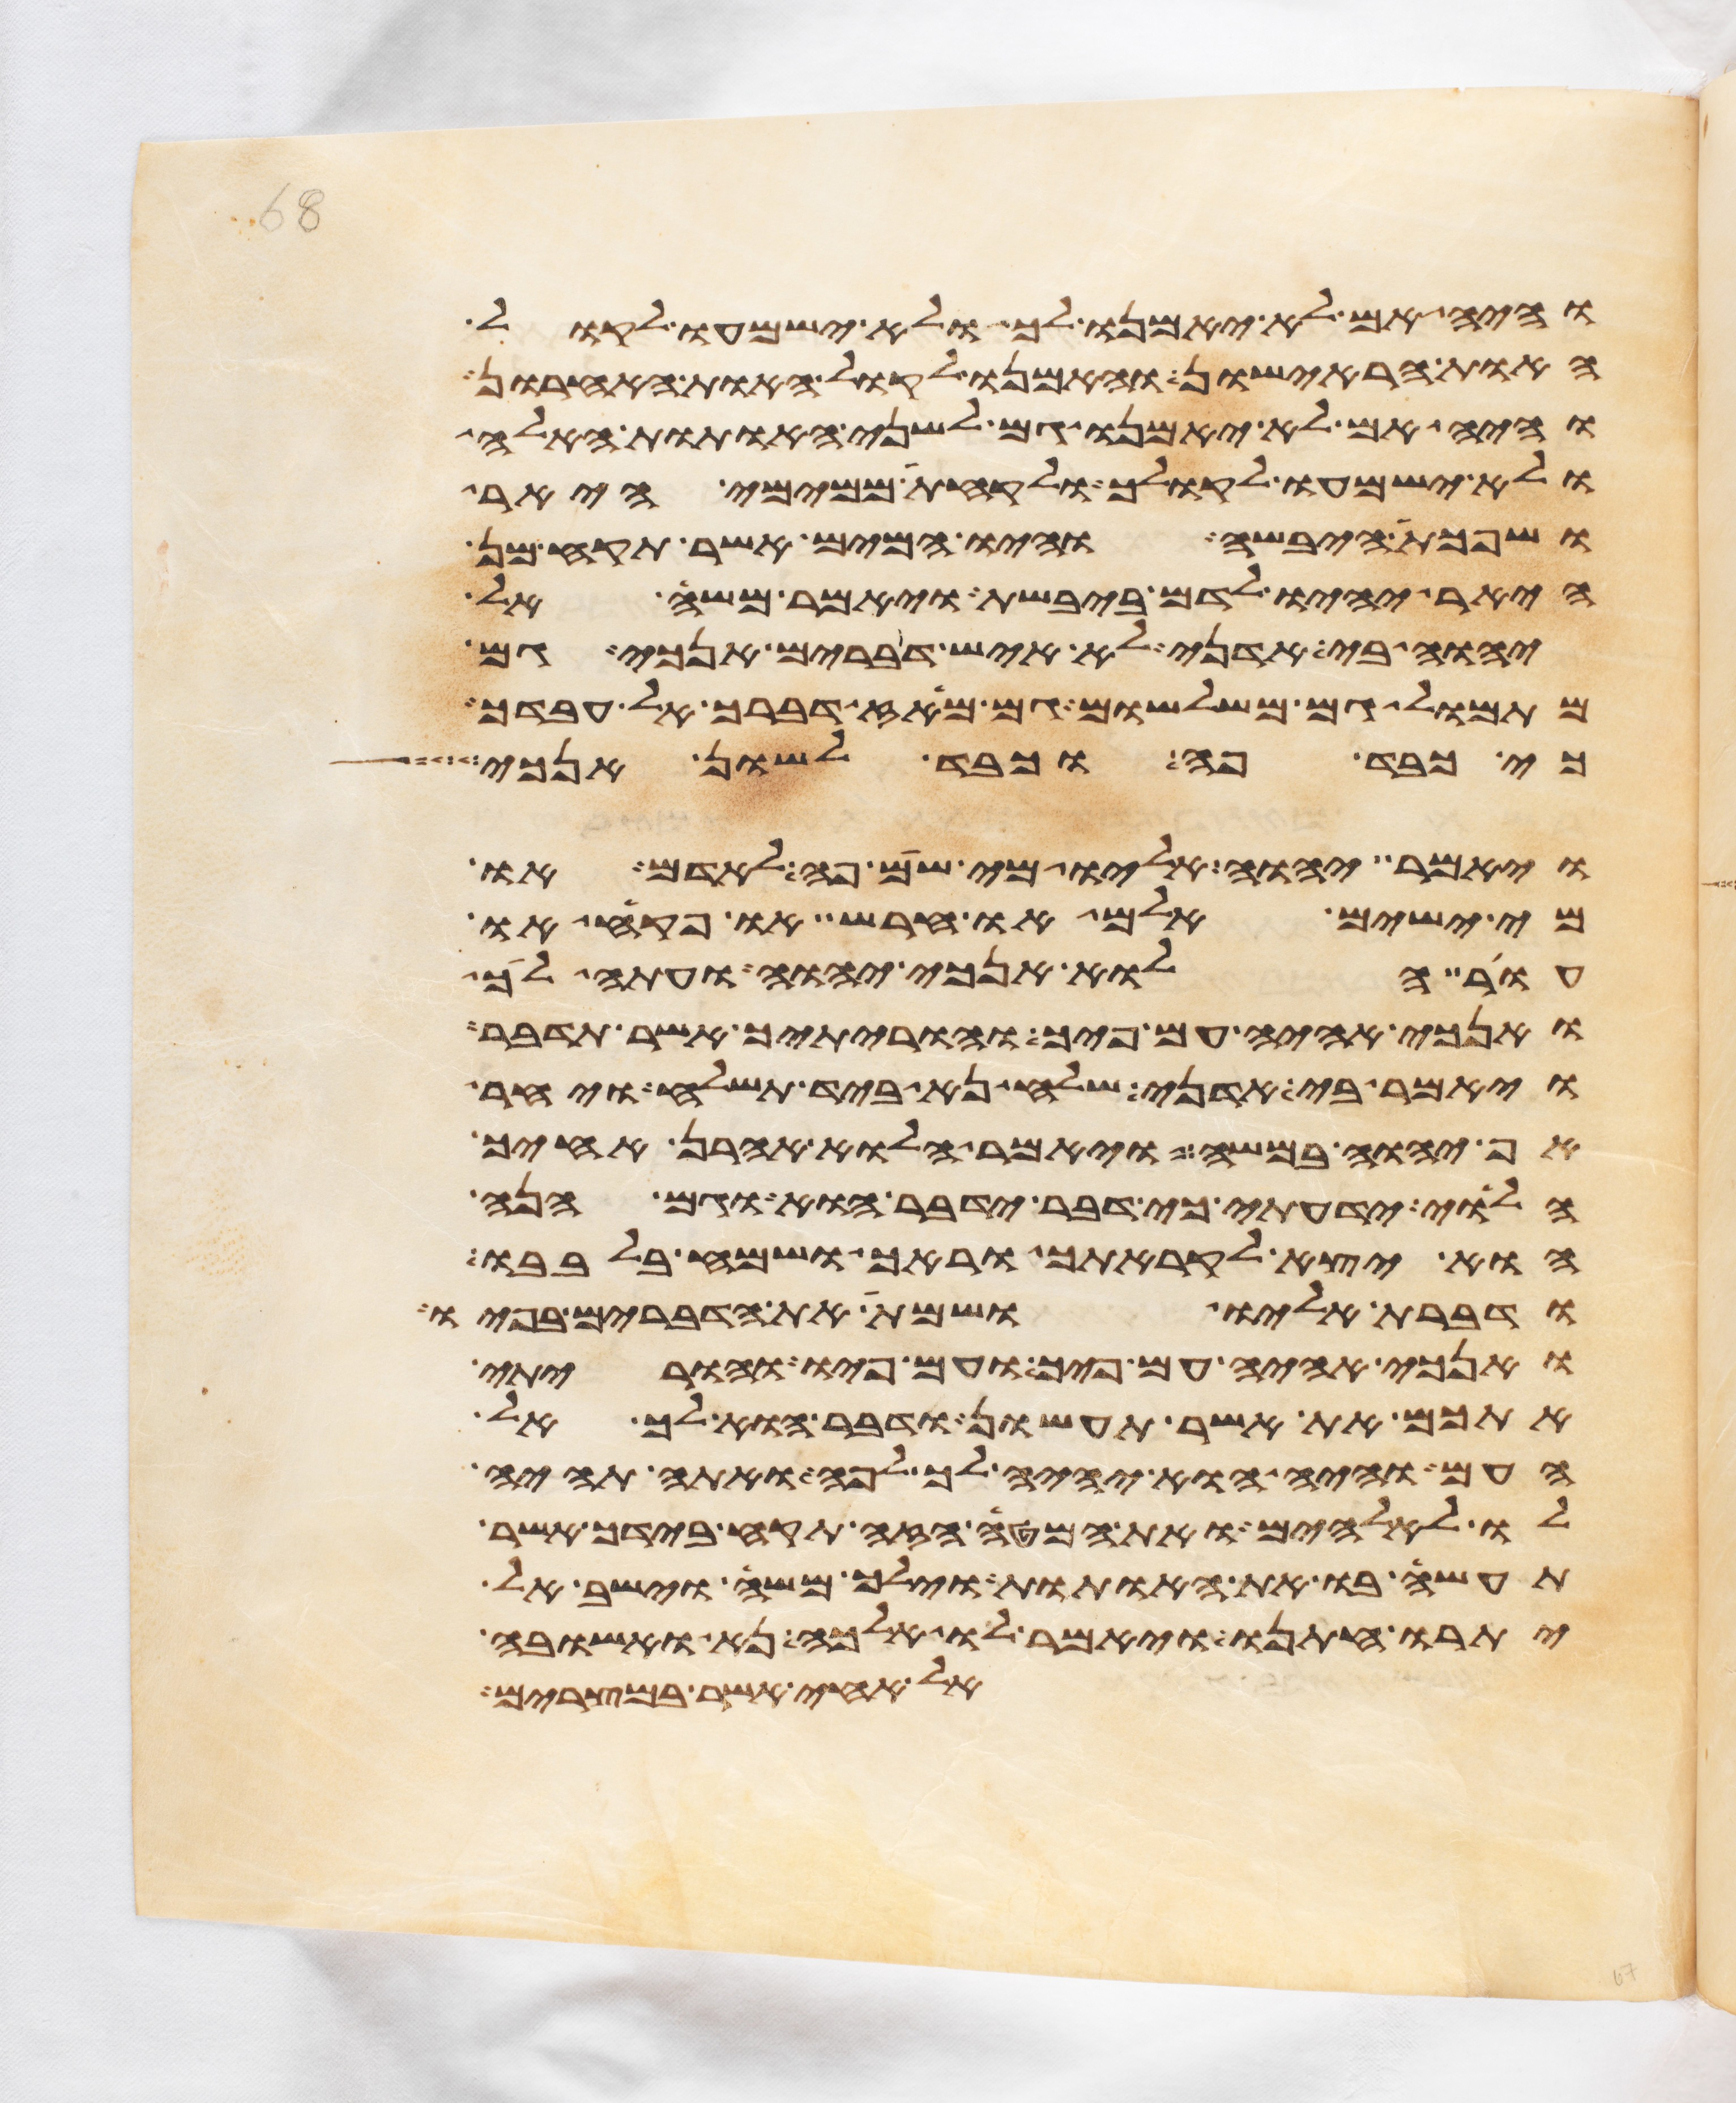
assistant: והיה אם לא יאמנו לך ולא ישמעו לקול
האות הראישון והאמנו לקול האות האחרון
והיה אם לא יאמנו גם לשני האתות האלה
ולא ישמעו לקולך ולקחת ממימי היאר
ושפכת היבשה והיו המים אשר תקח מן
היאר יהיו לדם ביבשת ויאמר משה אל
יהוה בי אדני לא איש דברים אנכי גם
מתמול גם משלשום גם מאז דברך אל עבדך
כי כבד פה וכבד לשון אנכי
ויאמר יהוה אליו מי שם פה לאדם או
מי ישים אלם או חרש או פקח או
עור הלוא אנכי יהוה ועתה לך
ואנכי אהיה עם פיך והוריתיך אשר תדבר
ויאמר בי אדני שלח נא ביד תשלח ויחר
אף יהוה במשה ויאמר הלוא אהרן אחיך
הלוי ידעתי כי דבר ידבר הוא וגם הנה
הוא יצא לקראתך וראך ושמח בלבבו
ודברת אליו ושמת את הדברים בפיו
ואנכי אהיה עם פיך ועם פיו והוריתי
אתכם את אשר תעשון ודבר הוא לך אל
העם והיה הוא יהיה לך לפה ואתה תהיה
לו לאלהים ואת המטה הזה תקח בידך אשר
תעשה בו את האתות וילך משה וישב אל
יתרו חתנו ויאמר לו אלכה נא ואשובה
אל אחי אשר במצרים